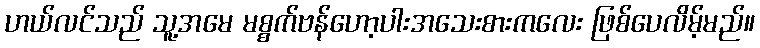
ဟယ်လင်သည် သူ့အမေ မစ္စက်ဗန်ဟော့ပါးအသေးစားကလေး ဖြစ်ပေလိမ့်မည်။